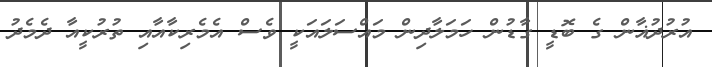
އުރުދުޣާން ގެ ބޮޑީ ގާޑުން ހަމަލާދިން މައްސަލައަކީ ވެސް އެމެރިކާއާއި ތުރުކީއާ ދެމެދު